Annual administration and progress report of the Indian Medical Department, Bombay
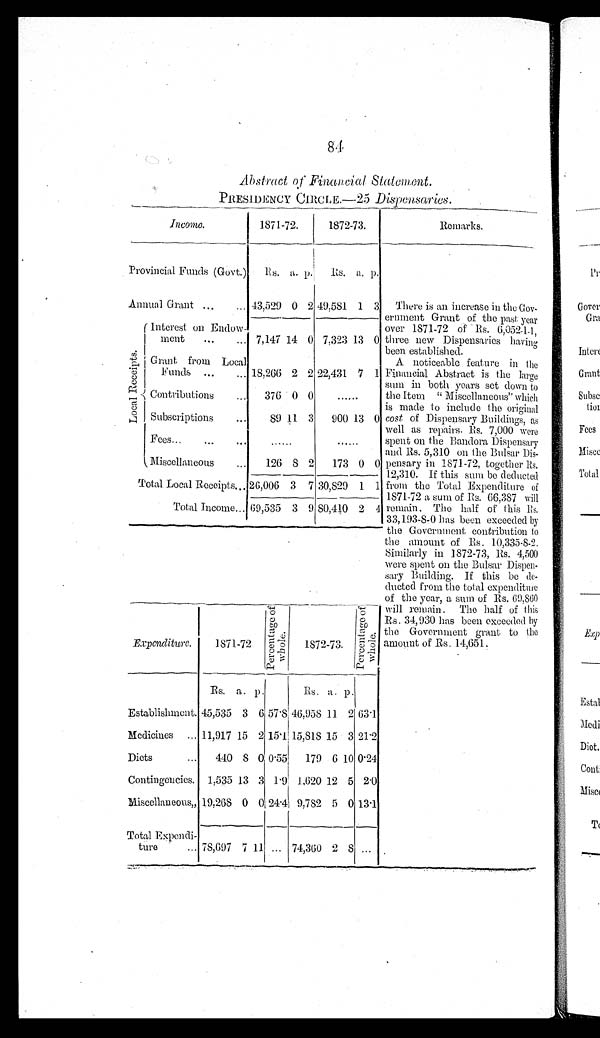
84
PRESIDENCY CIRCLE.—25 Dispensaries.
Income.
1871-72.
1872-73.
Remarks.
Provincial Funds (Govt.) Rs. a. p.
R s .
Its. a. p.
There is an increase in the Gov-
ernment Grant of the past year
over 1871-72 of Rs. 6,052-1-1,
three new Dispensaries having
been established.
A noticeable feature in the
Financial Abstract is the l arge
sum in both years set clown to
the Item " Miscellaneous" which
is made to include
t h e o r i g i n a l
cost of Dispensary Buildings, as
well as repairs. Rs. 7,000 were
spent on the Bandora Dispensary
and Rs. 5,310 on the Bulsar Dis-
pensary in 1871-72, together Rs.
12,310. If this sum be deducted
from the Total Expenditure of
1871-72 a sum of Rs. 66,387 will
remain. The half of
t h i s
R s .
33,193-8-0 has been exceeded by
the Government contribution to
the amount of Rs. 10,335-8-2.
Similarly in 1872-73, Rs. 4,500
were spent on the Bulsar Dispen-
sary Building. If this be de-
ducted from the total expenditure
of the year, a sum of Rs. 69,860
will remain. The half of this
Rs. 34,930 has been exceeded by
the Government grant to the
amount of Rs. 14,651.
Annual Grant . . .
. . . 43,529 0 2 49,581 1 3
L o c a l R e c e i p t s .
Interest on Endow-
ment ... ... 7,147 14 0 7,323 13 0
Grant from Local
Funds ... ... 18,266 2 2 22,431 7 1
Contributions
. . . 376 0 0 ......
Subscriptions ... 89 11 3 900 13 0
Fees ... ...
. . .
. . . . . .
. . . . . .
Miscellaneous
. . . 126 8 2 173 0 0
Total Local Receipts... 26,006 3 7 30,829 1 1
Total income... 69,535 3 9 80,410 2 4
Expenditure.
1871-72
P e r c e n t a g e o f W h o l e .
1872-73.
P e r c e n t a g e o f W h o l e .
R s .
a . p .
R s . a . p .
Establishment. 45,535 3 6 57.8 46,958 11 2 63.1
Medicines ... 11,917 15 2 1 5 . 1 15,818 15 3 21.2
Diets
... 440 8 0 0.55 179 6 10 0.24
Contingencies. 1,535 13 3 1.9 1,620 12 5 2.0
Miscellaneous„ 19,268 0 0 24.4 9,782 5 0 13.1
Total Expendi-
ture
... 78,697 7 11 ... 74,360 2 8 ...